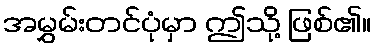
အမွှမ်းတင်ပုံမှာ ဤသို့ ဖြစ်၏။